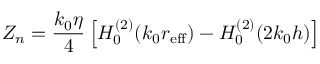
Z _ { n } = { \frac { k _ { 0 } \eta } { 4 } } \left[ H _ { 0 } ^ { ( 2 ) } ( k _ { 0 } r _ { \mathrm { e f f } } ) - H _ { 0 } ^ { ( 2 ) } ( 2 k _ { 0 } h ) \right]